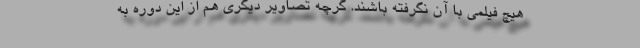
هیچ فیلمی با آن نگرفته باشند. گرچه تصاویر دیگری هم از این دوره به